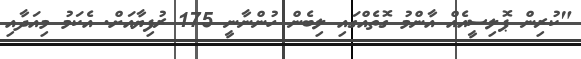
"ކުރިން ޕޮލިސީއެއް އާންމު ގޮތެއްގައި ލިބެން ހުންނާނީ 175 ރުފިޔާއަށް. އެކަމު މިއަދާއި